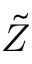
\tilde { Z }